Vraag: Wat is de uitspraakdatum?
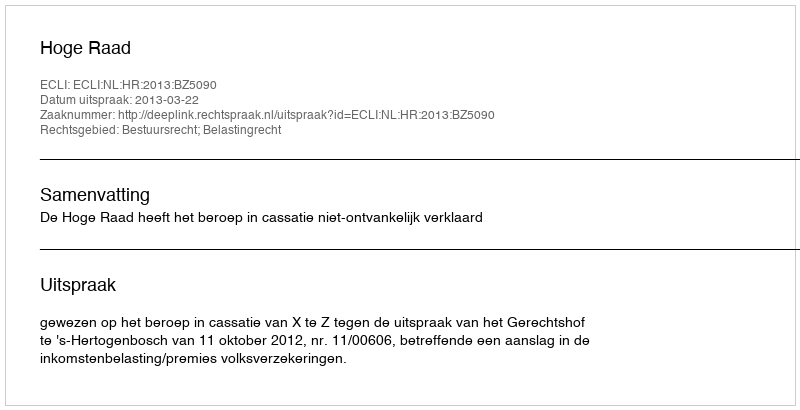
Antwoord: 2013-03-22